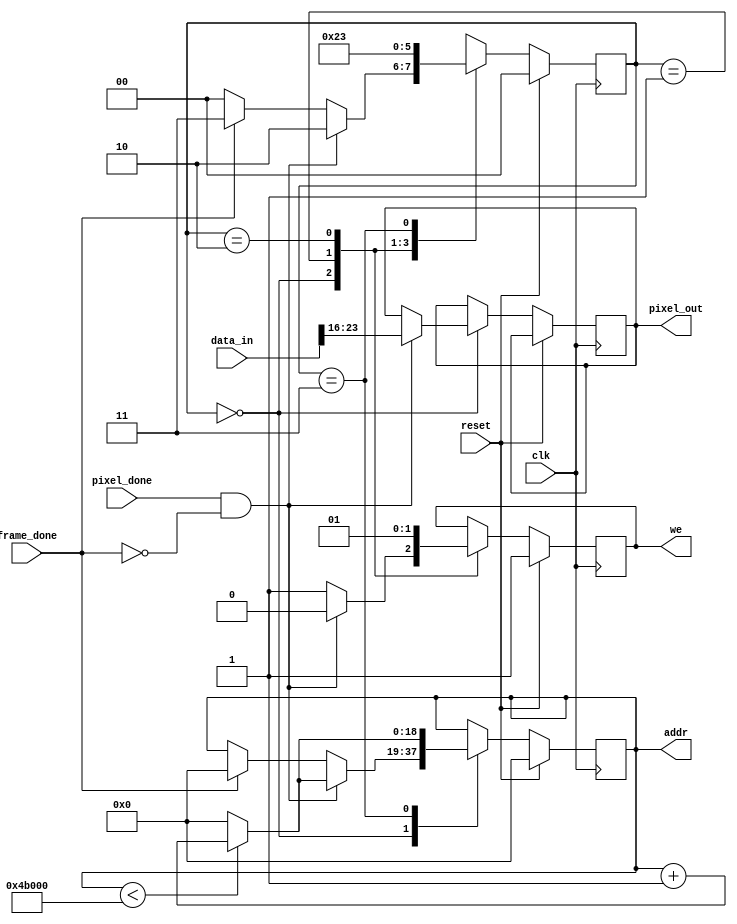
`timescale 1ns / 1ps
//`default_nettype none;
//////////////////////////////////////////////////////////////////////////////////
// Company: 
// Engineer: 
// 
// Design Name: 
// Module Name:    camera_save 
// Project Name: 
// Target Devices: 
// Tool versions: 
// Description: 
//
// Dependencies: 
//
// Revision: 
// Revision 0.01 - File Created
// Additional Comments: 
//
//////////////////////////////////////////////////////////////////////////////////

// TO BE CLOCKED ON ~PCLK
// Note that BRAM must be clocked on PCLK (not its inversion)
module camera_save(
    input clk,
    input reset,
    input pixel_done,
    input [31:0] data_in,
    input frame_done,
	 output reg [18:0] addr,
	 output reg we,
	 output reg [7:0] pixel_out
    );
	 
	 // Size of BRAM block
	 parameter LOGSIZE = 19;
	 parameter WIDTH = 8;
	 
	 // States for stm
	 localparam WAIT_PIXEL = 0;
	 localparam SAVE_PIXEL_1 = 1;
	 localparam SAVE_PIXEL_2 = 2;
	 localparam VGA_DRIVE = 3;
	 reg [1:0] state = 0;
	 

	 reg [WIDTH-1:0] pixel_out_2;
	 
	 initial begin
		we = 1;
		addr = 0;
		pixel_out = 0;
	 end
	
	always @(posedge clk) begin
		if (reset) begin
			we <= 1;
			addr <= 0;
			state <= WAIT_PIXEL;
		end
		
		else begin
			case(state)
				WAIT_PIXEL: begin
					if (pixel_done & ~frame_done) begin
						pixel_out <= data_in[23:16];
						we <= 0;
						if (addr < 307200) addr <= addr + 1;
						else addr <= 0;
						state <= SAVE_PIXEL_2;
					end
						
					else if (frame_done) begin
						state <= VGA_DRIVE;
						addr <= 0;
						we <= 1;
					end
					else begin
						state <= WAIT_PIXEL;
						we <= 1;
					end
				end

				SAVE_PIXEL_1: begin
					we <= 0;
					state <= SAVE_PIXEL_2;
				end
				
				SAVE_PIXEL_2: begin
					we <= 1;
					state <= WAIT_PIXEL;
				end
				
				VGA_DRIVE: begin
					if (addr < 307200) begin // loop through pixels
						addr <= addr + 1;
					end
					else addr <= 0;
					state <= VGA_DRIVE;
				end
			endcase
		end
	end


endmodule